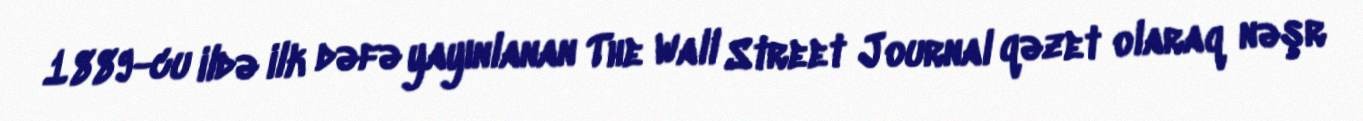
1889-cu ildə ilk dəfə yayınlanan The Wall Street Journal qəzet olaraq nəşr